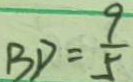
B D = \frac { 9 } { 5 }